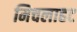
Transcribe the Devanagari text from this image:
मिचलाहट